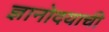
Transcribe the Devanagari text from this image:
ज्ञानोदयाची